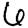
Digit: 6